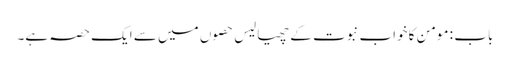
باب : مومن کا خواب نبوت کے چھیالیس حصوں میں سے ایک حصہ ہے۔